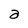
Character: a